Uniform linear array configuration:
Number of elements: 48
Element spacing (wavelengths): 0.25
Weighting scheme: uniform
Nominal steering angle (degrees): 0
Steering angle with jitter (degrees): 1.598
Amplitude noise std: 0.05
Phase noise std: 0.05

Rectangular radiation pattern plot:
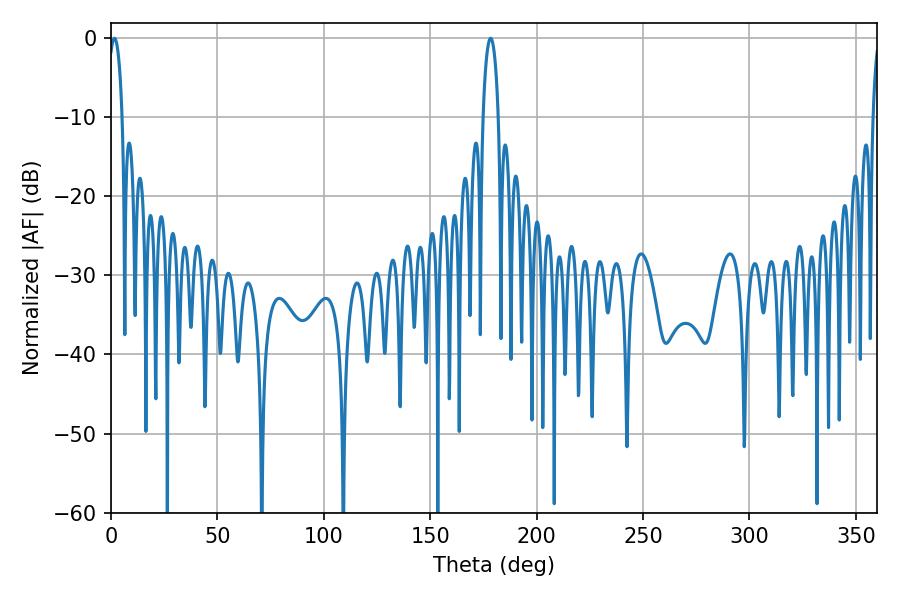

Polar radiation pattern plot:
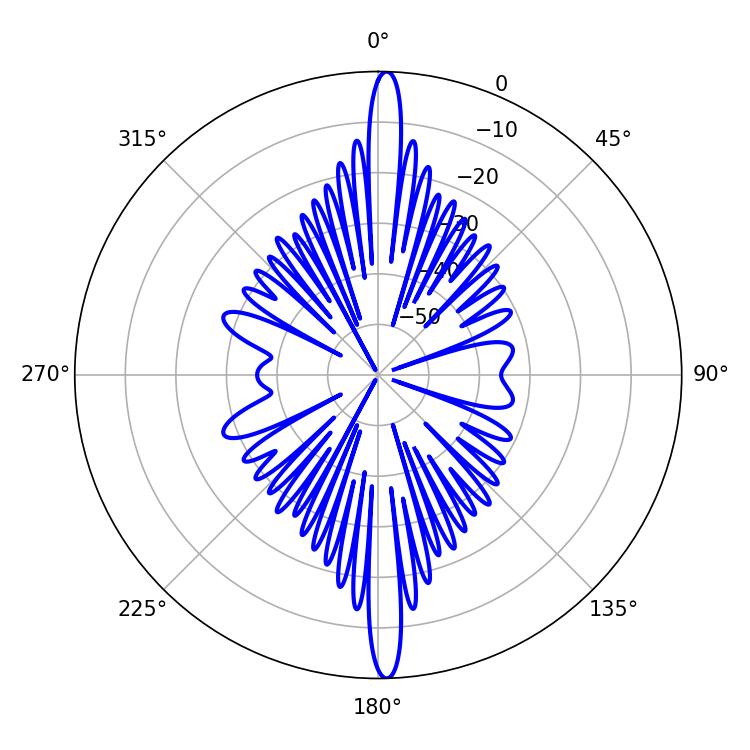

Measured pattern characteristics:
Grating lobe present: FALSE
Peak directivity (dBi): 26.628
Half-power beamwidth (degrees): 3.6
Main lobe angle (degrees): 1.62